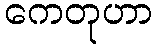
ကေတုဟာ